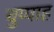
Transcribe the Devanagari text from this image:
चुप्पाह